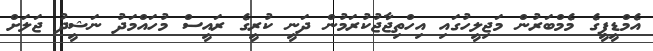
އެމްޑީޕީގެ މެމްބަރުން މަޖިލީހުގައި އިހްތިޖާޖުކުރަމުން ދަނީ ކުރީގެ ރައީސް މުހައްމަދު ނަޝީދު ޖަލަށް